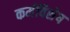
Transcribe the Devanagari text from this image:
कर्मविशेष